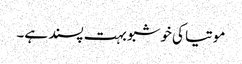
موتیا کی خوشبو بہت پسند ہے۔